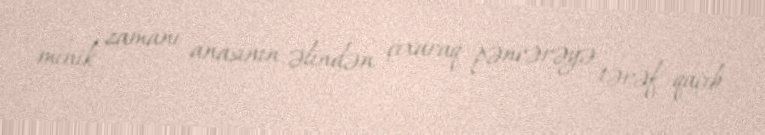
minik zamanı anasının əlindən çıxaraq pəncərəyə tərəf qaçıb.